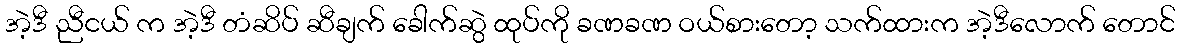
အဲ့ဒီ ညီငယ် က အဲ့ဒီ တံဆိပ် ဆီချက် ခေါက်ဆွဲ ထုပ်ကို ခဏခဏ ဝယ်စားတော့ သက်ထားက အဲ့ဒီလောက် တောင်